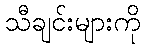
သီချင်းများကို